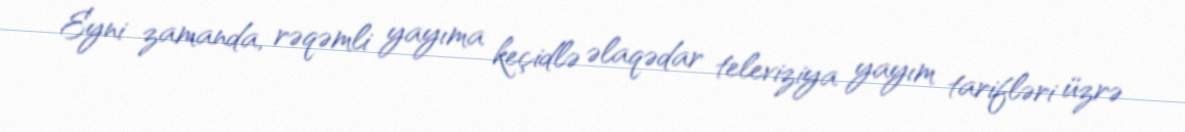
Eyni zamanda, rəqəmli yayıma keçidlə əlaqədar televiziya yayım tarifləri üzrə